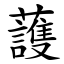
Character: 䕶